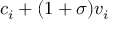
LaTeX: c _ { i } + ( 1 + \sigma ) v _ { i }